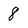
Character: 8